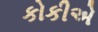
કોકીએ